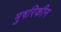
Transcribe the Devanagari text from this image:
मुषरिकीन